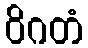
ဝိဂတံ